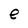
Character: e